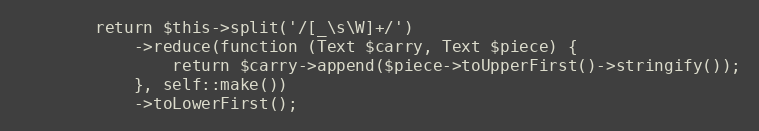
Language: PHP
        return $this->split('/[_\s\W]+/')
            ->reduce(function (Text $carry, Text $piece) {
                return $carry->append($piece->toUpperFirst()->stringify());
            }, self::make())
            ->toLowerFirst();